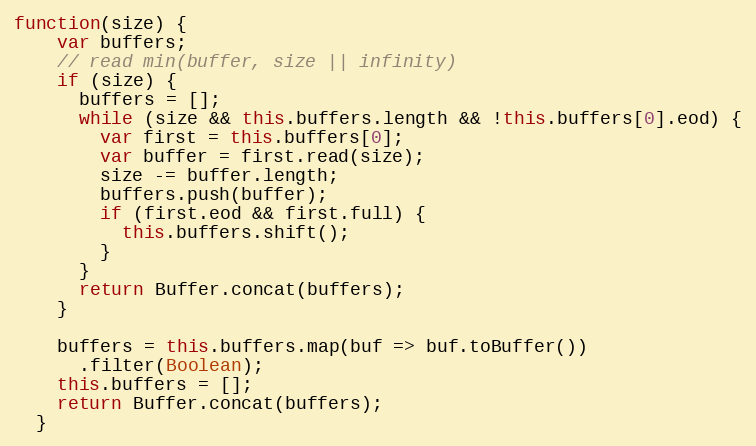
Language: JavaScript
function(size) {
    var buffers;
    // read min(buffer, size || infinity)
    if (size) {
      buffers = [];
      while (size && this.buffers.length && !this.buffers[0].eod) {
        var first = this.buffers[0];
        var buffer = first.read(size);
        size -= buffer.length;
        buffers.push(buffer);
        if (first.eod && first.full) {
          this.buffers.shift();
        }
      }
      return Buffer.concat(buffers);
    }

    buffers = this.buffers.map(buf => buf.toBuffer())
      .filter(Boolean);
    this.buffers = [];
    return Buffer.concat(buffers);
  }